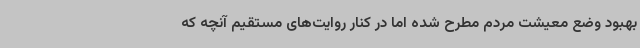
بهبود وضع معیشت مردم مطرح شده اما در کنار روایت‌های مستقیم آنچه که